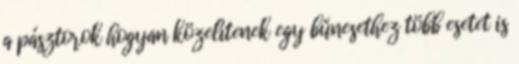
a pásztorok hogyan közelítenek egy bűnesethez több esetet is